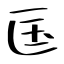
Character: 匤